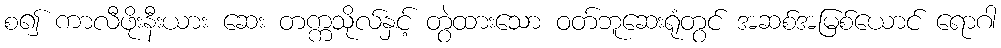
စ၍ ကာလီဖိုးနီးယား ဆေး တက္ကသိုလ်နှင့် တွဲထားသော ဝတ်ဘူဆေးရုံတွင် အဆစ်အမြစ်ယောင် ရောဂါ